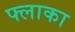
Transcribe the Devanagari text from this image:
फ्लाका